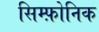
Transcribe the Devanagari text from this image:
सिम्फ़ोनिक